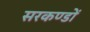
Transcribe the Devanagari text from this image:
सरकण्डों